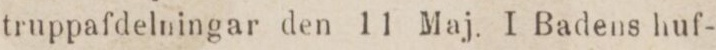
truppafdelningar den 11 Maj. I Badens huf-